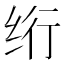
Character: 绗